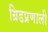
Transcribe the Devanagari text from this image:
ग्रिडप्रणाली